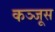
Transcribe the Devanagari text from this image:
कञ्जूस